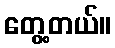
တွေ့တယ်။